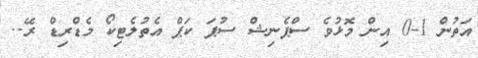
އަތުން 1-0 އިން މޮޅުވެ ސްޕެނިޝް ސުޕަ ކަޕް އެތުލެޓިކޯ މެޑްރިޑް ރޭ..